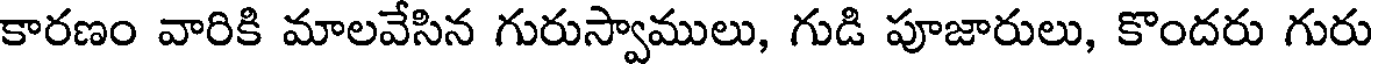
కారణం వారికి మాలవేసిన గురుస్వాములు, గుడి పూజారులు, కొందరు గురు